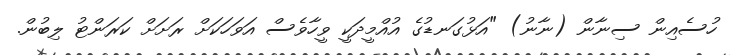
ހުސެއިން ސިނާން (ނާނު) "އަޅުގަނޑުގެ އުއްމީދަކީ ވީހާވެސް އަވަހަކަށް ރަށަށް ކަރަންޓު ލިބުން.